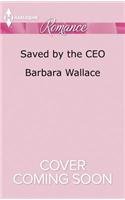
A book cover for Saved by the CEO (The Vineyards of Calanetti); Barbara Wallace; Romance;